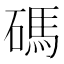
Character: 碼